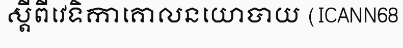
ស្តីពីវេទិកាគោលនយោបាយ (ICANN68